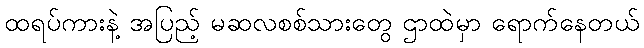
ထရပ်ကားနဲ့ အပြည့် မဆလစစ်သားတွေ ဌာထဲမှာ ရောက်နေတယ်